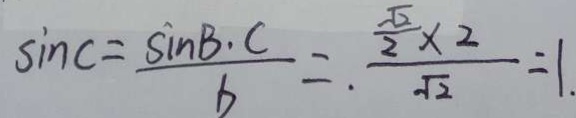
\sin C = \frac { \sin B \cdot C } { b } = . \frac { \frac { \sqrt { 2 } } { 2 } \times 2 } { \sqrt { 2 } } = 1 .